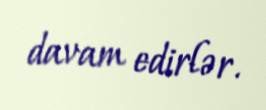
davam edirlər.